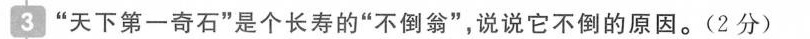
3”天下第一奇石”是个长寿的”不倒翁”，说说它不倒的原因。(2分)